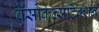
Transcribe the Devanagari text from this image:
वेसोकन्सट्रिक्शन